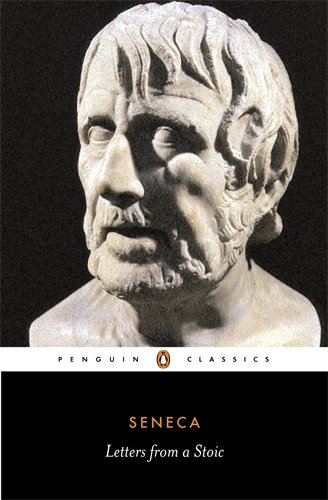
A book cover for Letters from a Stoic (Penguin Classics); Lucius Annaeus Seneca; Literature & Fiction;